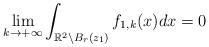
LaTeX: \begin{align*}\lim_{k \to + \infty} \int_{\mathbb{R}^2\setminus B_r(z_1)} f_{1,k}(x) dx=0\end{align*}